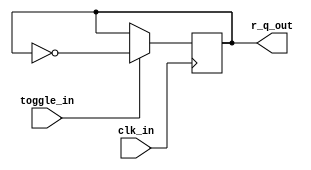
// A simple toggle flipflop
module toggle_ff (
    input clk_in,
    input toggle_in,
    output reg r_q_out
);
  initial r_q_out = 1'b0;

  always @(posedge clk_in) begin
    if (toggle_in) begin
      r_q_out <= !r_q_out;
    end
  end
endmodule